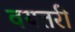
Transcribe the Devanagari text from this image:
वयतरी